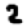
Digit: 2